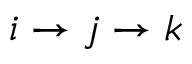
i \to j \to k